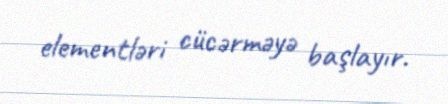
elementləri cücərməyə başlayır.